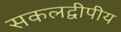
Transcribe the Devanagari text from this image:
सकलद्वीपीय